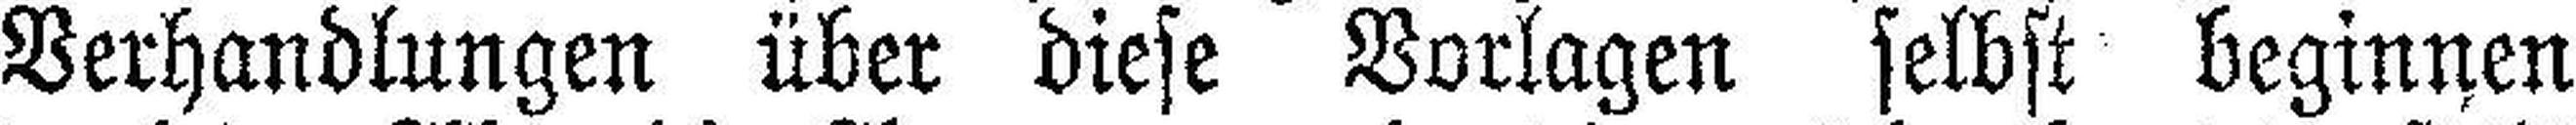
Verhandlungen über diese Vorlagen selbst beginnen